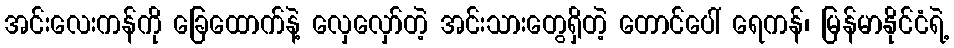
အင်းလေးကန်ကို ခြေထောက်နဲ့ လှေလှော်တဲ့ အင်းသားတွေရှိတဲ့ တောင်ပေါ် ရေကန်၊ မြန်မာနိုင်ငံရဲ့